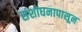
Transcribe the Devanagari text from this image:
संशोधनापासून